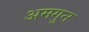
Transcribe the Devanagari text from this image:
अमगुन